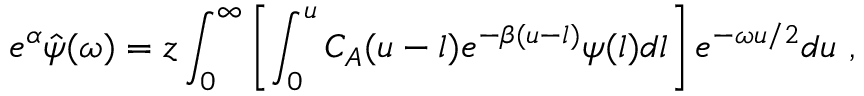
e ^ { \alpha } \hat { \psi } ( \omega ) = z \int _ { 0 } ^ { \infty } \left[ \int _ { 0 } ^ { u } C _ { A } ( u - l ) e ^ { - \beta ( u - l ) } \psi ( l ) d l \right] e ^ { - \omega u / 2 } d u \ ,